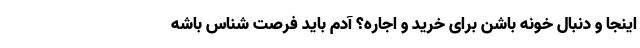
اینجا و دنبال خونه باشن برای خرید و اجاره؟ آدم باید فرصت شناس باشه